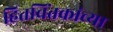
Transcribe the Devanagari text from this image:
हितचिंतकांच्या